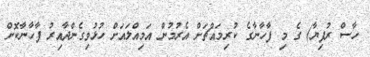
ހާސް ރުފިޔާ) ގެ މި ފާހާނާގެ ކުރިމައްޗަށް އެރުމުން އަމިއްލައަށް ހުޅުވިގެންދާއިރު ފާހާނާކޮށް